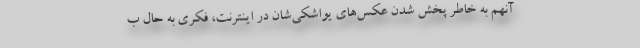
آنهم به خاطر پخش شدن عکس‌های یواشکی‌شان در اینترنت، فکری به حال ب